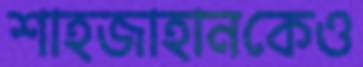
শাহজাহানকেও